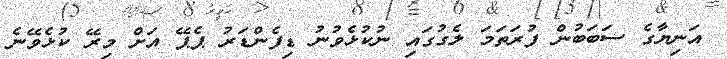
އަނިޔާގެ ސަބަބުން ފުރަތަމަ ލެގުގައި ނުކުޅެވުނު ޑިފެންޑަރު ޕެޕޭ އަށް މިރޭ ކުޅެވޭނެ